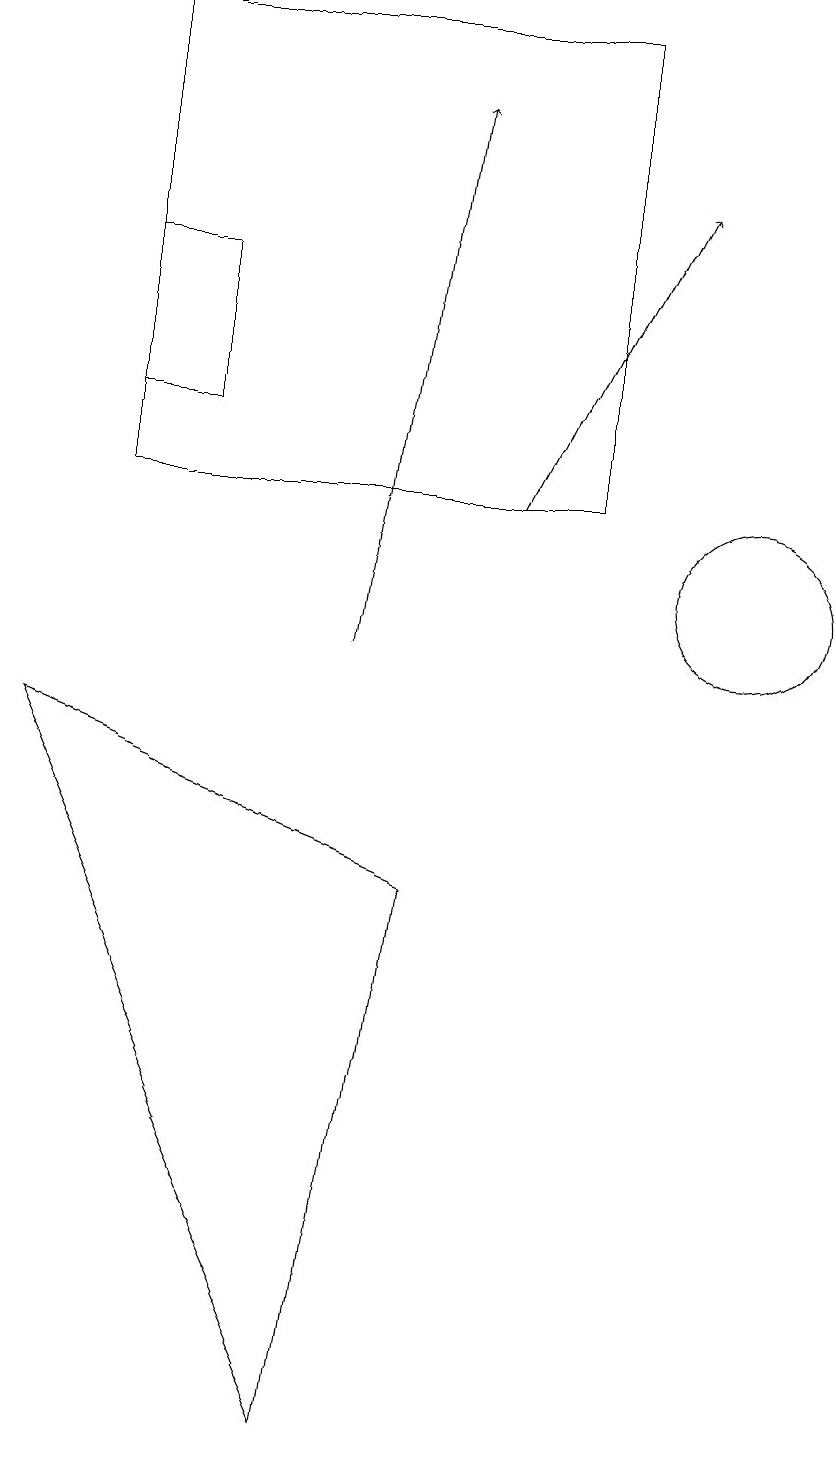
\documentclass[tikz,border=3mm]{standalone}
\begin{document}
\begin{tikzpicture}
\draw[->] (7,12) -- (9,16);
\draw (10,11) circle (1);
\draw (1,9) -- (5,0) -- (6,7) -- cycle;
\draw[->] (5,10) -- (6,17);
\draw (2,12) rectangle (8,18);
\draw (2,13) rectangle (3,15);
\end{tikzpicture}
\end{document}